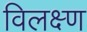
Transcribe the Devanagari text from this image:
विलक्ष्ण